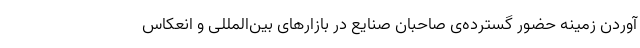
آوردن زمینه حضور گسترده‌ی صاحبان صنایع در بازارهای بین‌المللی و انعکاس